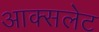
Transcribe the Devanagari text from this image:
आक्सलेट